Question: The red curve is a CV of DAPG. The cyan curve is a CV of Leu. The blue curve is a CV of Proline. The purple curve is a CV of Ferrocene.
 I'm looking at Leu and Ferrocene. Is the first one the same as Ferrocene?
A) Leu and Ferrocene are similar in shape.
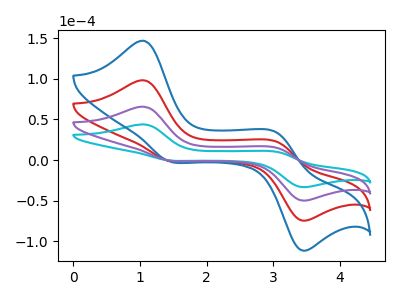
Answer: <think>The red curve "DAPG" has anodic peaks at (1.05V, 131.30uA) (3.05V, 30.15uA) and cathodic peaks at (1.45V, -1.30uA) (3.40V, -98.70uA). The cyan curve "Leu" has anodic peaks at (1.05V, 43.90uA) (3.05V, 10.10uA) and cathodic peaks at (1.45V, -0.45uA) (3.40V, -33.00uA). The blue curve "Proline" has anodic peaks at (1.05V, 196.95uA) (3.05V, 45.20uA) and cathodic peaks at (1.45V, -1.95uA) (3.40V, -148.05uA). The purple curve "Ferrocene" has anodic peaks at (1.05V, 65.65uA) (3.05V, 15.05uA) and cathodic peaks at (1.45V, -0.65uA) (3.40V, -49.35uA).
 All the peaks in "Leu" have a peak in "Ferrocene" at the same potential. Every peak in "Leu" is lower than every peak in "Ferrocene".</think>
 <answer>A) "Leu" and "Ferrocene" are similar in shape.</answer>
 <eval>A</eval>